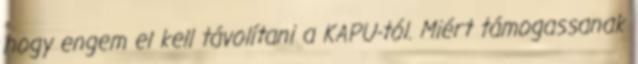
hogy engem el kell távolítani a KAPU-tól. Miért támogassanak